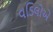
વડિલોએ